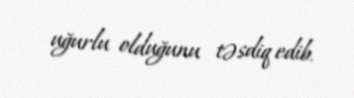
uğurlu olduğunu təsdiq edib.